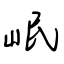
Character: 岷